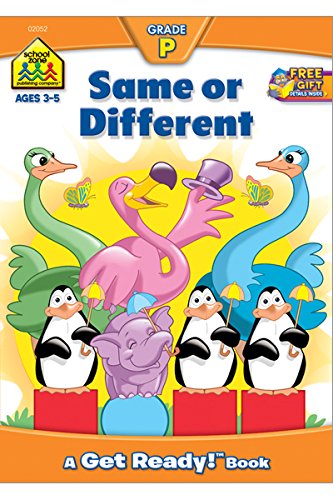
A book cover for Same or Different (Get Ready Books); Barbara Gregorich; Children's Books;